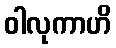
ဝါလုကာဟိ